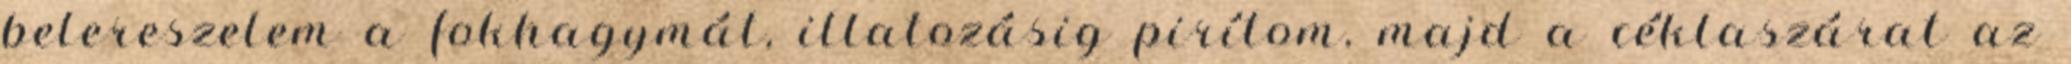
belereszelem a fokhagymát, illatozásig pirítom, majd a céklaszárat az